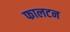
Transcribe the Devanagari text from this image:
फालटन